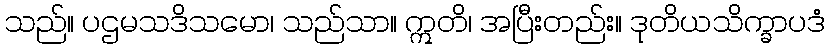
သည်။ ပဌမသဒိသမော၊ သည်သာ။ ဣတိ၊ အပြီးတည်း။ ဒုတိယသိက္ခာပဒံ